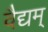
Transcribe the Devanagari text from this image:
वैद्यम्